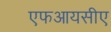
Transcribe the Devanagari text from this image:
एफआयसीए